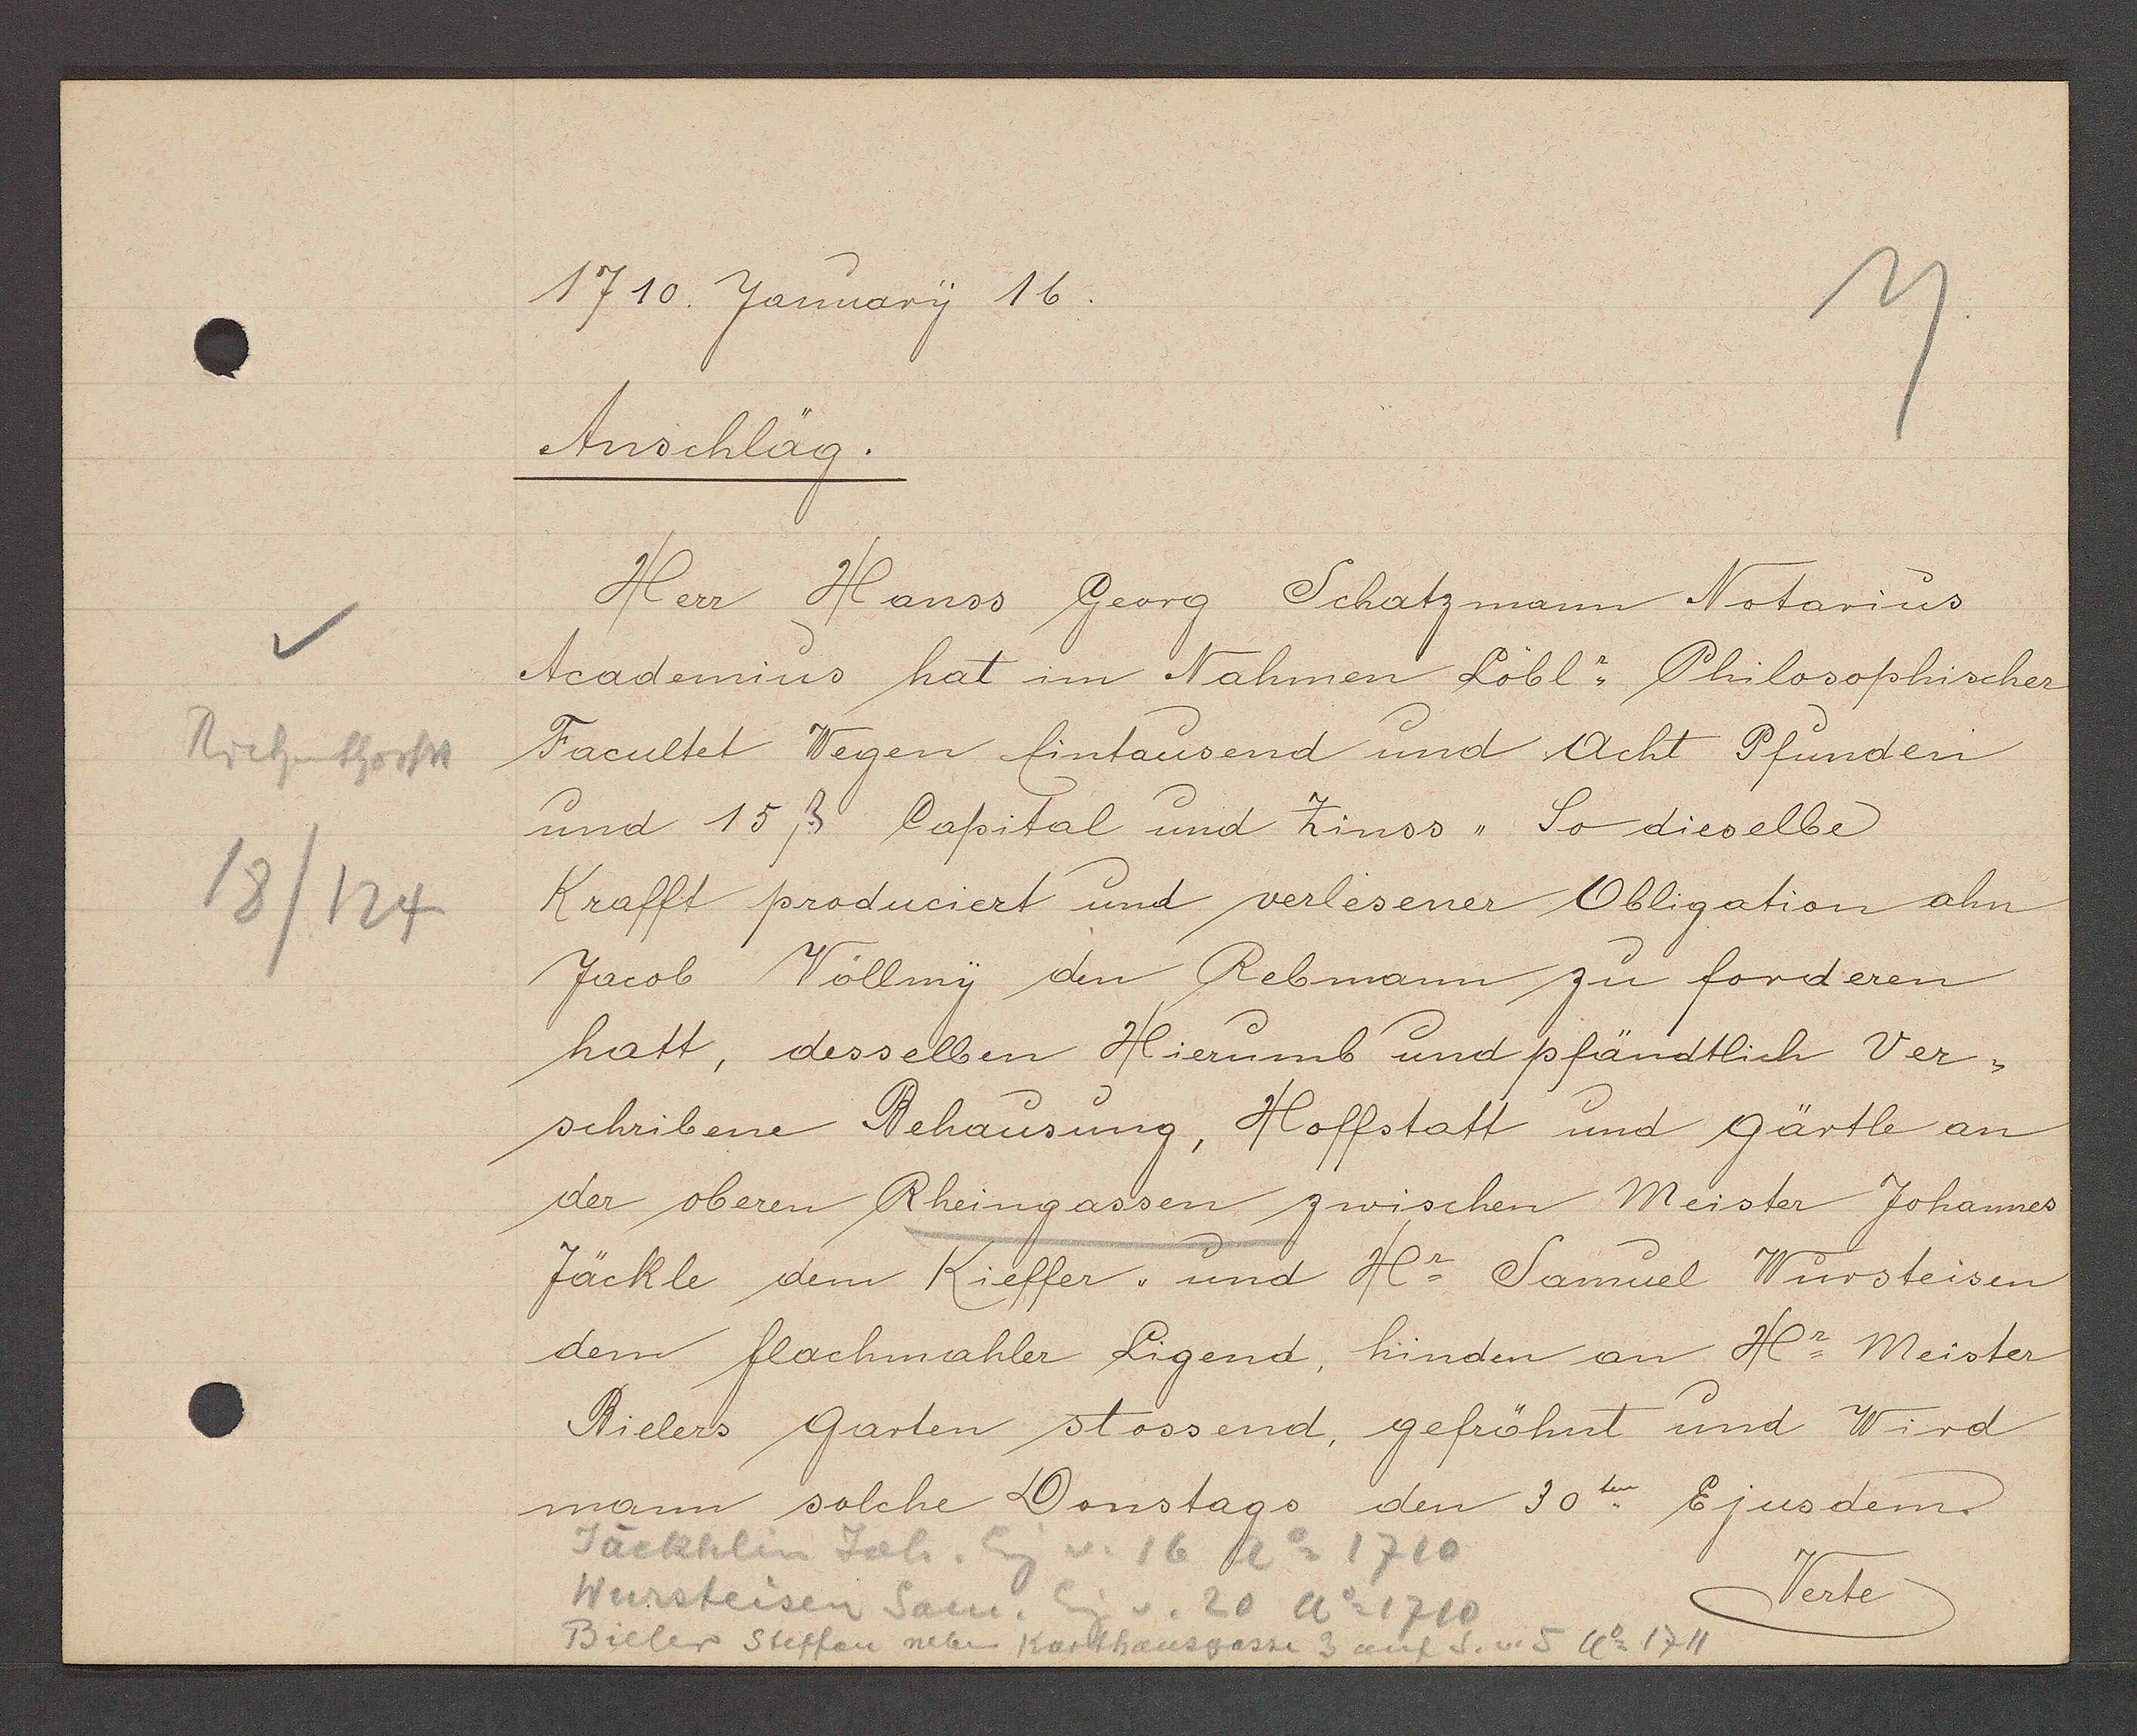
Transcript:
Riehenthorstr
18/124

1710 Yanuary 16.

Anschläg.
Herr Hanss Georg Schatzmann Notarius
Academius hat im Nahmen Löbl: Philosophischer
Facultet Wegen Eintausend und Acht Pfunden
und 15 ß Capital und Zinss, So dieselbe
Krafft produciert und verlesener Obligation ahn
Jacob Völlmy den Rebmann zu forderen
hatt, desselben Hierumb und pfändtlich Ver¬
schribene Behausung, Hoffstatt und Gärtle an
der oberen Rheingassen zwischen Meister Johannes
Jäckle dem Kieffer, und Hr Samuel Würsteisen,
dem flachmahler Ligend, hinden an Hr Meister
Bielers Garten stossend, gefröhnt und Wird
mann solche Donstags den 30 ten Ejus dem.

Jackhlin Joh.
Wursteisen Sam. Eig. v. 20 Ao 1710
Bieler Steffan neben Karthausgasse 3 auf S. v. 5 Ao 1711
Eig v. 16 Ao 1710
Verte